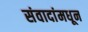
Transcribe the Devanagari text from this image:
संवादांमधून